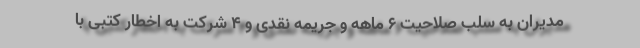
مدیران به سلب صلاحیت ۶ ماهه و جریمه نقدی و ۴ شرکت به اخطار کتبی با